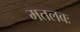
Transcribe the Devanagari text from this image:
मतलबः